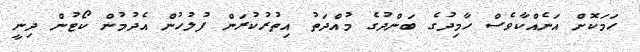
ހަމަކޮށް އަނެއްކާވެސް ހާމިދުގެ ބަންދުގެ މުއްދަތު އިތުރުކުރަން ފުލުހުން އެދުމުން ކޯޓުން ދިނީ